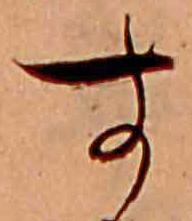
す